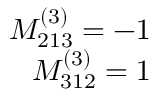
\begin{array} { r } { M _ { 2 1 3 } ^ { ( 3 ) } = - 1 } \\ { M _ { 3 1 2 } ^ { ( 3 ) } = 1 } \end{array}